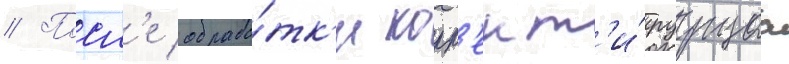
// Посл'е обрабо́тк'и корр'ект'и́руущаа